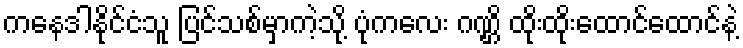
ကနေဒါနိုင်ငံသူ ပြင်သစ်မှာကဲ့သို့ ပုံကလေး ဂဏ္ဌိ ထိုးထိုးထောင်ထောင်နဲ့